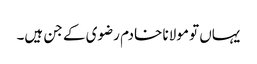
یہاں تو مولانا خادم رضوی کے جن ہیں۔